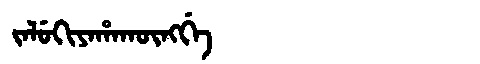
Manchu: ᠵᠠᠯᡠᡴᡳᠶᠠᡥᠠᡴᡡᠩᡤᡝ
Romanization: JALUKIYAHAKŪNGGE